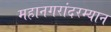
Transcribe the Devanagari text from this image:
महानगरांदरम्यान